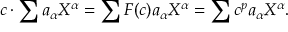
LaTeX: c \cdot \sum a _ { \alpha } X ^ { \alpha } = \sum F ( c ) a _ { \alpha } X ^ { \alpha } = \sum c ^ { p } a _ { \alpha } X ^ { \alpha } .